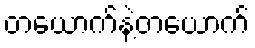
တယောက်နဲ့တယောက်